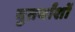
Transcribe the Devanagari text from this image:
चुतर्थांशों